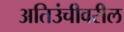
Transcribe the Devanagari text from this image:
अतिउंचीवरील